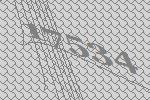
17534